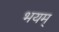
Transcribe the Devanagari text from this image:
भयम्